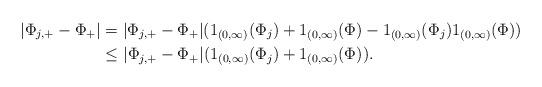
LaTeX: \begin{align*}|\Phi_{j,+}-\Phi_{+}|&= |\Phi_{j,+}-\Phi_{+}|(1_{(0,\infty)}(\Phi_j)+1_{(0,\infty)}(\Phi)-1_{(0,\infty)}(\Phi_j)1_{(0,\infty)}(\Phi) ) \\&\leq |\Phi_{j,+}-\Phi_{+}|(1_{(0,\infty)}(\Phi_j)+1_{(0,\infty)}(\Phi) ).\end{align*}